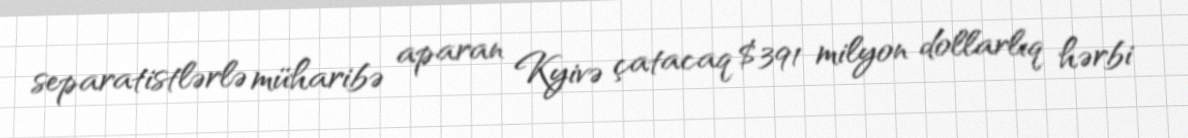
separatistlərlə müharibə aparan Kyivə çatacaq $391 milyon dollarlıq hərbi